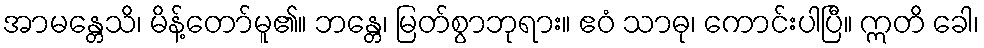
အာမန္တေသိ၊ မိန့်တော်မူ၏။ ဘန္တေ၊ မြတ်စွာဘုရား။ ဧဝံ သာဓု၊ ကောင်းပါပြီ။ ဣတိ ခေါ၊